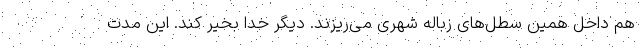
هم داخل همین سطل‌های زباله شهری می‌ریزند. دیگر خدا بخیر کند. این مدت